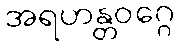
အရဟန္တဝဂ္ဂေ